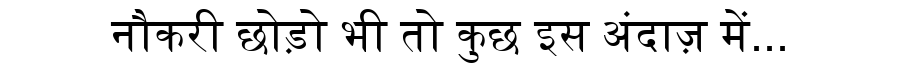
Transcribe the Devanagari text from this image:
नौकरी छोड़ो भी तो कुछ इस अंदाज़ में...